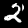
Digit: 2